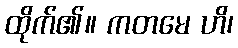
ထိုက်၏။ ကတမေ ဟိ၊